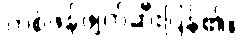
တစ်ဖန်ဖျက်ဆီးပြန်၏။